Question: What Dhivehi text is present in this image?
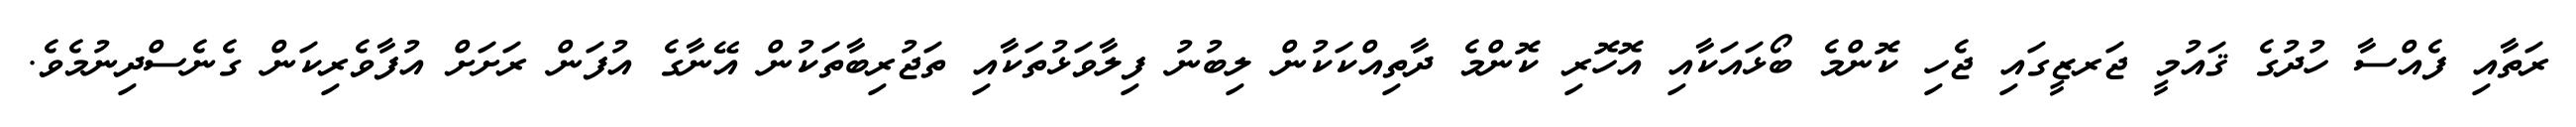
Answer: ރަތާއި ފެއްސާ ހުދުގެ ޤައުމީ ޖަރޒީގައި ޖެހި ކޮންމެ ބޯޅައަކާއި އޮހޮރި ކޮންމެ ދާތިއްކަކުން ލިބުނު ފިލާވަޅުތަކާއި ތަޖުރިބާތަކުން އޭނާގެ އުފަން ރަށަށް އުފާވެރިކަން ގެނެސްދިނުމެވެ.